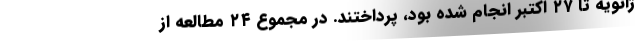
ژانویه تا ۲۷ اکتبر انجام شده بود، پرداختند. در مجموع ۲۴ مطالعه از